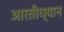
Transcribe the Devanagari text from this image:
आरतीध्यान